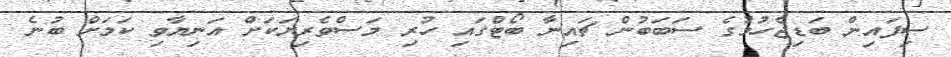
ސިފައިން ބަޑިޖެހުމުގެ ސަބަބުން ޗައިނާ ބޯޓްގައި ހުރި މަސްވެރިޔަކަށް އަނިޔާވި ކަމަށް ބުނެ